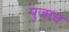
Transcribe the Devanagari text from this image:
पुजाच